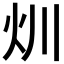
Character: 𤆑